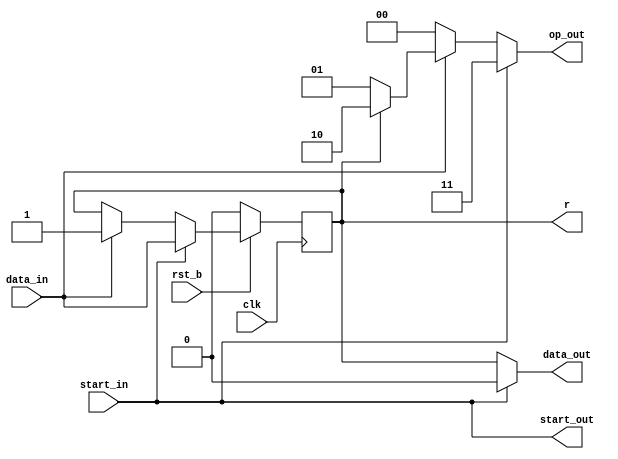
//define pivot note 
module processor_A (
  input  wire       clk,
  input  wire       rst_b,
  input  wire       data_in,
  input  wire       start_in,
  output wire [1:0] op_out,
  output wire       start_out,
  output wire       data_out,
  output reg        r
);

  wire r_reg;
 
  always @(posedge clk) begin
    if(~rst_b) begin
      r <= 0;
    end
    else begin
      r <= r_reg;
    end
  end

  assign start_out  = start_in;

  assign data_out = start_in ? 1'b0 : r;

  assign r_reg = start_in       ? data_in :
                ((data_in==0)   ? r : 1'b1);

  // 00 --- pass  01 --- swap  10 --- add  11 --- nop
  assign op_out = (start_in     ? 2'b11 : 
                  ((data_in==0) ? 2'b00 : 
                  ((r==0)       ? 2'b01 : 2'b10)));

endmodule

//define basic node
module processor_B (
  input  wire       clk,
  input  wire       rst_b,
  input  wire       data_in,
  input  wire       start_in,
  input  wire [1:0] op_in,
  output wire [1:0] op_out,
  output wire        start_out,
  output wire        data_out,
  output reg        r
);

  wire r_reg;
 
  always @(posedge clk) begin
    if(~rst_b) begin
      r <= 0;
    end
    else begin
      r <= r_reg;
    end
  end

  assign start_out = start_in;

  assign data_out = start_in       ? 1'b0 : 
                   (op_in == 2'b01 ? r : 
                   (op_in == 2'b10 ? (data_in ^ r) : 
                   data_in));

  assign r_reg = start_in       ? data_in :
                (op_in == 2'b01 ? data_in :
                 r);

  assign op_out = op_in;

endmodule